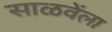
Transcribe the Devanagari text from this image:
साळवेंला